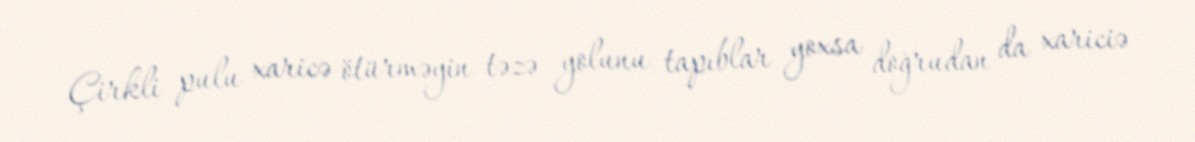
Çirkli pulu xaricə ötürməyin təzə yolunu tapıblar yoxsa doğrudan da xariciə